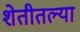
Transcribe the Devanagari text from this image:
शेतीतल्या